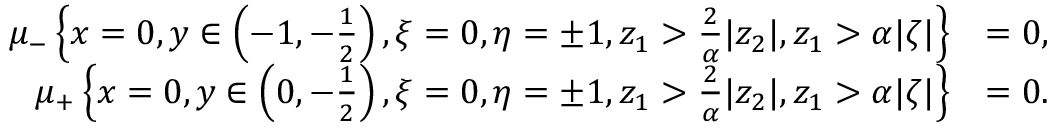
\begin{array} { r l } { \mu _ { - } \left\{ x = 0 , y \in \left( - 1 , - \frac { 1 } { 2 } \right) , \xi = 0 , \eta = \pm 1 , z _ { 1 } > \frac { 2 } { \alpha } | z _ { 2 } | , z _ { 1 } > \alpha | \zeta | \right\} } & { = 0 , } \\ { \mu _ { + } \left\{ x = 0 , y \in \left( 0 , - \frac { 1 } { 2 } \right) , \xi = 0 , \eta = \pm 1 , z _ { 1 } > \frac { 2 } { \alpha } | z _ { 2 } | , z _ { 1 } > \alpha | \zeta | \right\} } & { = 0 . } \end{array}